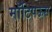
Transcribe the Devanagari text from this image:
मॉटिपऊस